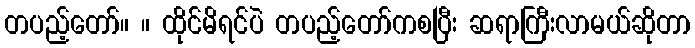
တပည့်တော်။ ။ ထိုင်မိရင်ပဲ တပည့်တော်ကစပြီး ဆရာကြီးလာမယ်ဆိုတာ